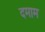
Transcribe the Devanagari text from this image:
दमाम